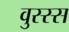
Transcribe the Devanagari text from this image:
वुस्स्स